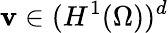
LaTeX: {\mathbf v}\in(H^{1}(\Omega))^{d}